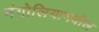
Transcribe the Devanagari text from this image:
मंगोलियामधील